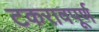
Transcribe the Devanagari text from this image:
टकरावपूर्ण